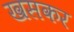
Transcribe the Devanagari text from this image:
खसकर